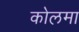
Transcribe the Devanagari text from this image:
कोलमा